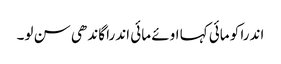
اندرا کو مائی کہا اوئے مائی اندرا گاندھی سن لو۔